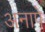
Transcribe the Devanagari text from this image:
अनापे